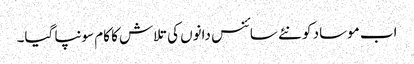
اب موساد کو نئے سائنس دانوں کی تلاش کا کام سونپا گیا۔